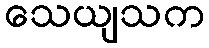
သေယျသက